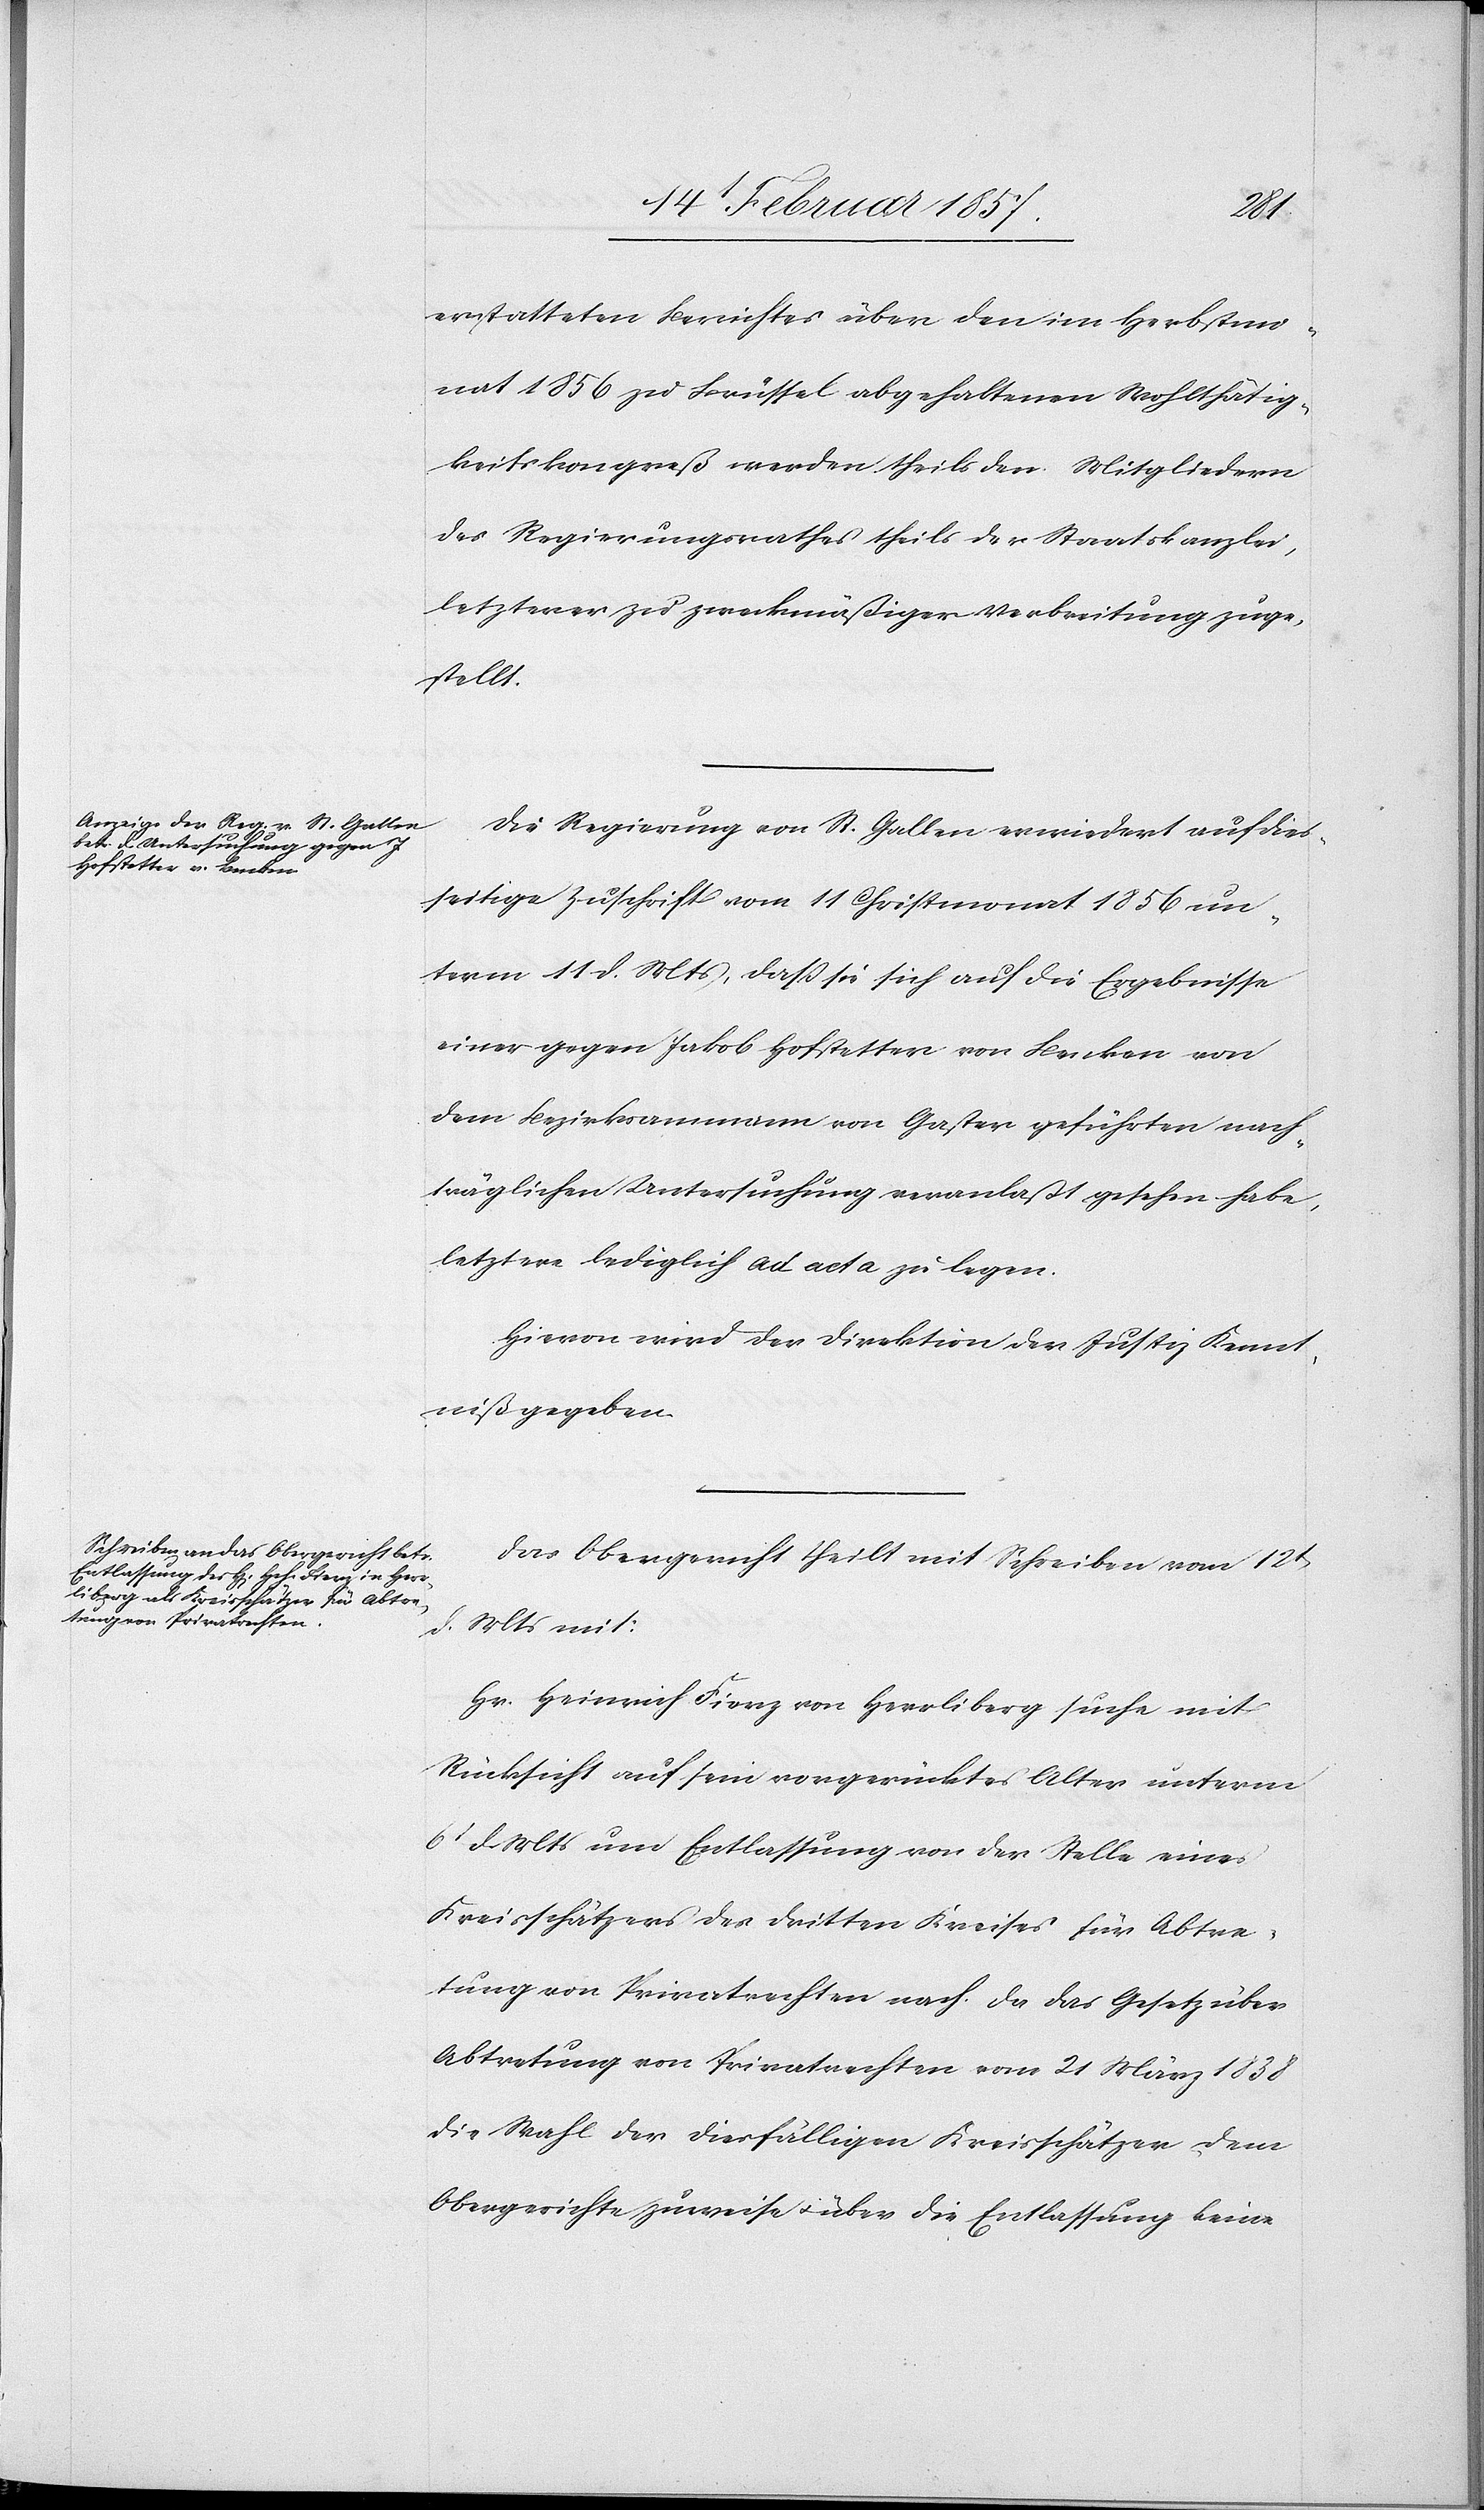
erstatteten Berichtes über den im Herbstmo¬
nat 1856 zu Brüssel abgehaltenen Wohlthätig¬
keitskongreß werden theils den Mitgliedern
des Regierungsrathes theils der Staatskanzlei,
letzterer zu zweckmäßiger Verbreitung zuge¬
stellt.
Die Regierung von St. Gallen erwiedert auf dies¬
seitige Zuschrift vom 11 Christmonat 1856 un¬
term 11 d. Mts, daß sie sich auf die Ergebnisse
einer gegen Jakob Hofstetter von Benken von
dem Bezirksammann von Gaster geführten nach¬
träglichen Untersuchung veranlaßt gesehen habe,
letztere lediglich ad acta zu legen.
Hievon wird der Direktion der Justiz Kennt¬
niß gegeben.
Das Obergericht theilt mit Schreiben vom 12t
d. Mts mit:
Hr. Heinrich Fierz von Herrliberg suche mit
Rücksicht auf sein vorgerücktes Alter unterm
6t d. Mts um Entlassung von der Stelle eines
Kreisschätzers des dritten Kreises für Abtre¬
tung von Privatrechten nach. Da das Gesetz über
Abtretung von Privatrechten vom 21 März 1838
die Wahl der diesfälligen Kreisschätzer dem
Obergerichte zuweise u. über die Entlassung keine